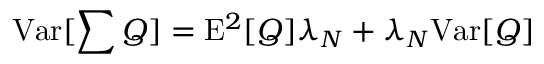
\mathrm { V a r } [ \sum { Q } ] = \mathrm { E } ^ { 2 } [ Q ] \lambda _ { N } + \lambda _ { N } \mathrm { V a r } [ Q ]